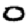
Digit: 0